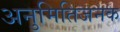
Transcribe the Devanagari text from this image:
अनुमितिजनक